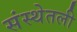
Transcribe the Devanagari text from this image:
संस्थेतली